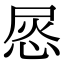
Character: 𢚪